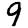
Digit: 9